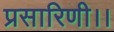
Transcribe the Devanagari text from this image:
प्रसारिणी।।